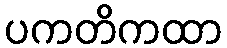
ပကတိကထာ